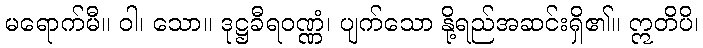
မရောက်မီ။ ဝါ၊ သော။ ဒုဋ္ဌခီရဝဏ္ဏံ၊ ပျက်သော နို့ရည်အဆင်းရှိ၏။ ဣတိပိ၊